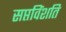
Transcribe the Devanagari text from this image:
सप्तविंशति